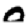
Digit: 0